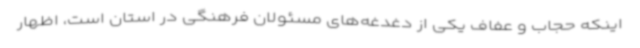
اینکه حجاب و عفاف یکی از دغدغه‌های مسئولان فرهنگی در استان است، اظهار